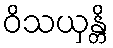
ဝိသယှန္တိ